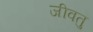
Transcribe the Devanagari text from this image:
जीवतु